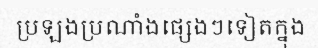
ប្រឡងប្រណាំងផ្សេងៗទៀតក្នុង